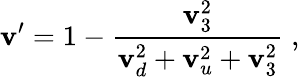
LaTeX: \mathbf{v}^{\prime}=1-\frac{{\mathbf{v}_{3}^{2}}}{{\mathbf{v}_{d}^{2}+\mathbf{v}_{u}^{2}+\mathbf{v}_{3}^{2}}}\; ,